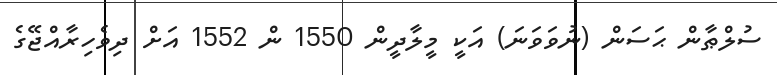
ސުލްޠާން ޙަސަން (ނުވަވަނަ) އަކީ މީލާދީން 1550 ން 1552 އަށް ދިވެހިރާއްޖޭގެ